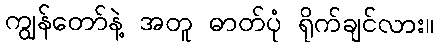
ကျွန်တော်နဲ့ အတူ ဓာတ်ပုံ ရိုက်ချင်လား။